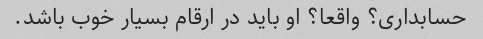
حسابداری؟ واقعا؟ او باید در ارقام بسیار خوب باشد.